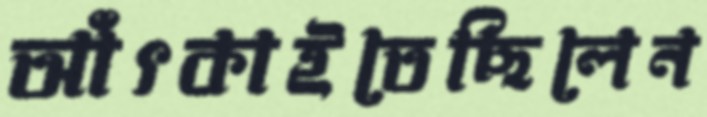
আঁৎকাইতেছিলেন